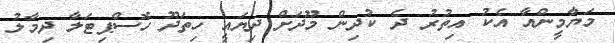
މަޔާމީންއާ އެކު އިތުރު ދެ ކުދިން މޫދަށް ދިޔައީ ހިތަދޫ ހޮސްޕިޓަލާ ދިމާލު